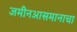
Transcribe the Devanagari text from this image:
जमीनआसमानाचा